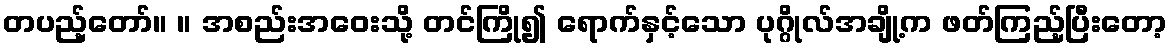
တပည့်တော်။ ။ အစည်းအဝေးသို့ တင်ကြို၍ ရောက်နှင့်သော ပုဂ္ဂိုလ်အချို့က ဖတ်ကြည့်ပြီးတော့